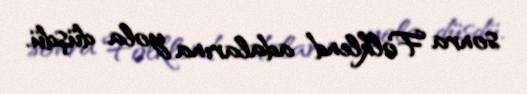
sonra Folklend adalarına yola düşdü.